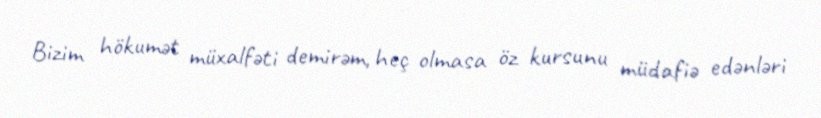
Bizim hökumət müxalfəti demirəm, heç olmasa öz kursunu müdafiə edənləri